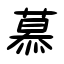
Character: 慕